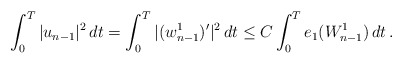
\begin{align*}\int_0^T |u_{n-1}|^2 \,dt = \int_0^T |(w_{n-1}^1)^{\prime}|^2 \,dt \le C\int_0^T e_1(W^1_{n-1}) \,dt \,.\end{align*}